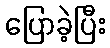
ပြောခဲ့ပြီး